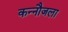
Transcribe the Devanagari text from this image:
कन्नौजला